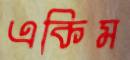
একিম